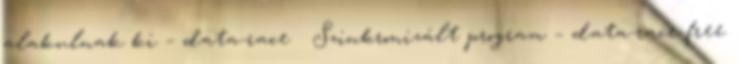
alakulnak ki – data-race ● Szinkronizált program – data-race-free